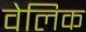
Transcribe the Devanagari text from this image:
वेलिक